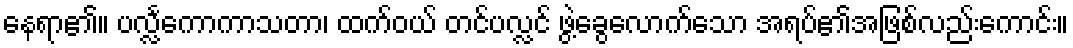
နေရာ၏။ ပလ္လင်္ကောကာသတာ၊ ထက်ဝယ် တင်ပလ္လင် ဖွဲ့ခွေလောက်သော အရပ်၏အဖြစ်လည်းကောင်း။